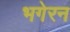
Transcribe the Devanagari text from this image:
भगेरन